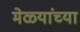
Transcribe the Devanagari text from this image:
मेळ्यांच्या